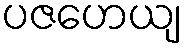
ပဇဟေယျ